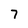
Character: 7